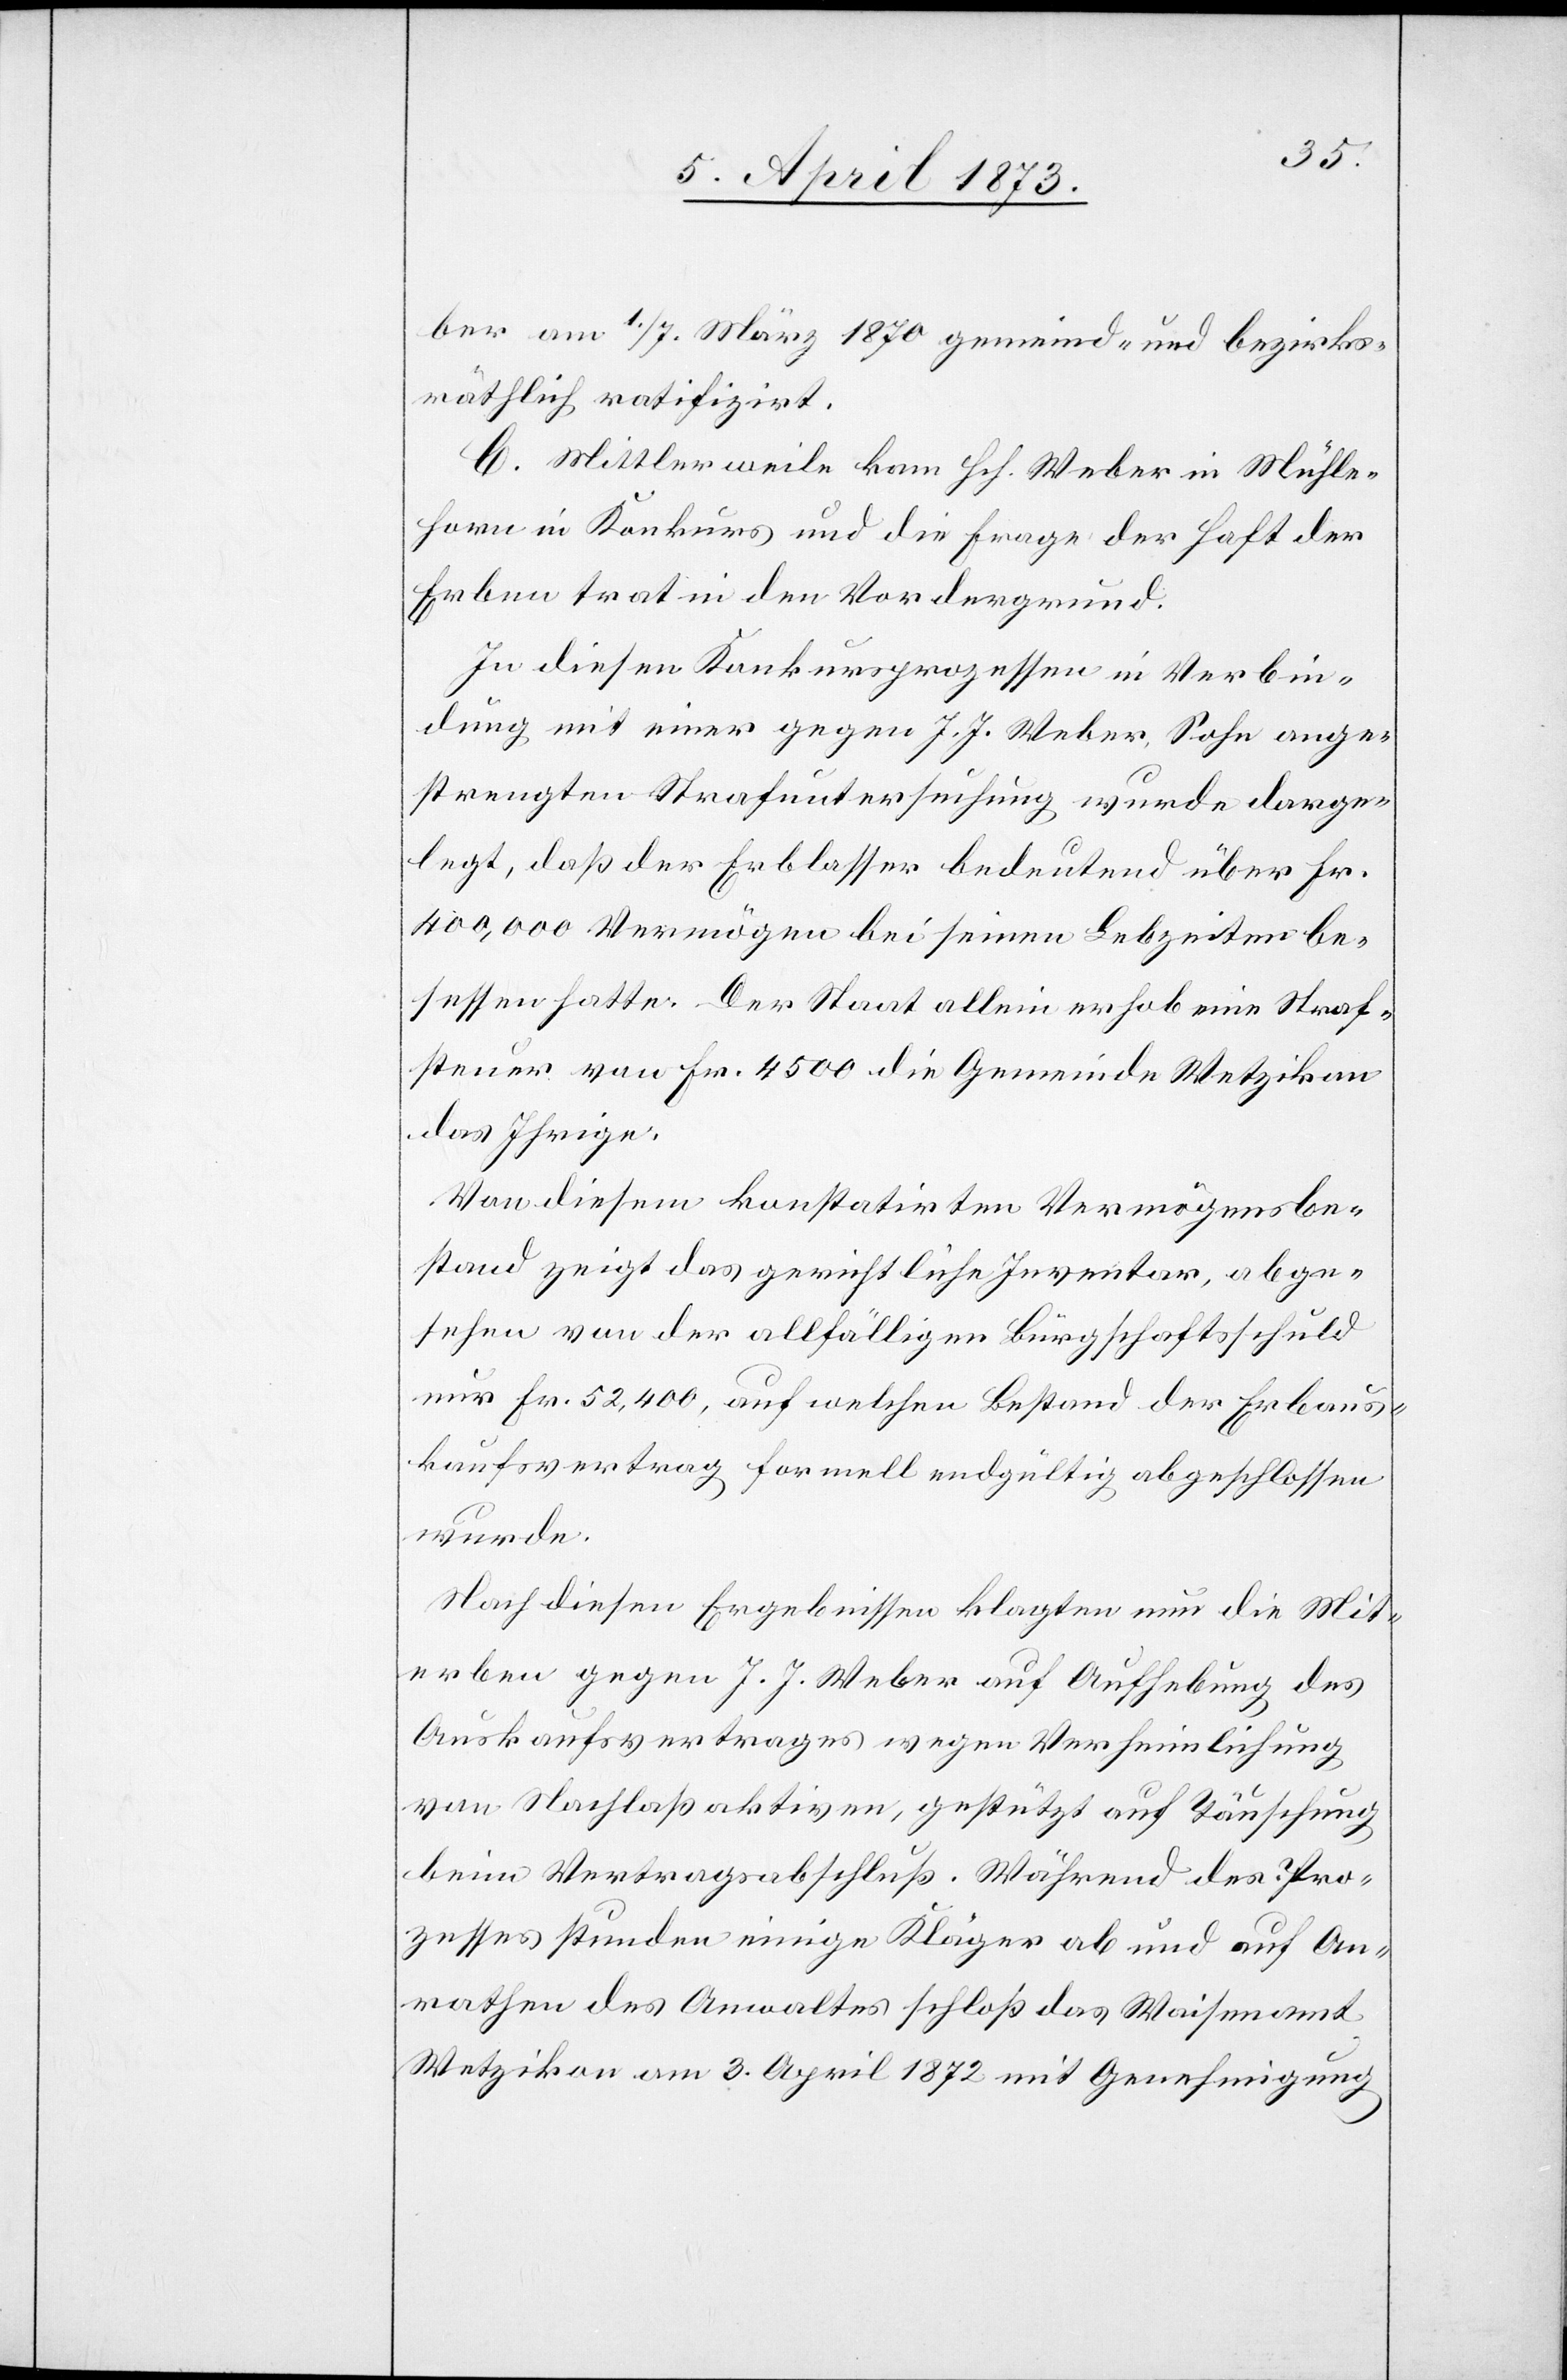
ber am 1./7. März 1870 gemeind- und bezirks¬
räthlich ratifizirt.
C. Mittlerweile kam Hch. Weber in Mühle¬
horn in Konkurs und die Frage der Haft der
Erben trat in den Vordergrund.
In diesen Konkursprozessen in Verbin¬
dung mit einer gegen J. J. Weber, Sohn ange¬
strengten Strafuntersuchung wurde darge¬
legt, daß der Erblasser bedeutend über Fr.
400,000 Vermögen bei seinen Lebzeiten be¬
sessen hatte. Der Staat allein erhob eine Straf¬
steuer von Fr. 4500 die Gemeinde Wetzikon
das Ihrige.
Von diesem konstatirten Vermögensbe¬
stand zeigt das gerichtliche Inventar, abge¬
sehen von der allfälligen Bürgschaftsschuld
nur Fr. 52,400, auf welchen Bestand der Erbaus¬
kaufsvertrag formell endgültig abgeschlossen
wurde.
Nach diesen Ergebnissen klagten nun die Mit¬
erben gegen J. J. Weber auf Aufhebung des
Auskaufsvertrages wegen Verheimlichung
von Nachlaßaktiven, gestützt auf Täuschung
beim Vertragsabschluß. Während des Pro¬
zesses stunden einige Kläger ab und auf An¬
rathen des Anwaltes schloß das Waisenamt
Wetzikon am 3. April 1872 mit Genehmigung